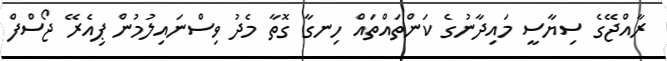
ރާއްޖޭގެ ސިޔާސީ މައިދާނުގެ ކަންތައްތައް ހިނގާ ގޮތާ މެދު ވިސްނައިލުމުން ޕިއެރޭ ޖޯސްފް